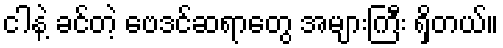
ငါနဲ့ ခင်တဲ့ ဗေဒင်ဆရာတွေ အများကြီး ရှိတယ်။